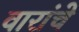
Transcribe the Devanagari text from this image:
वारांचे